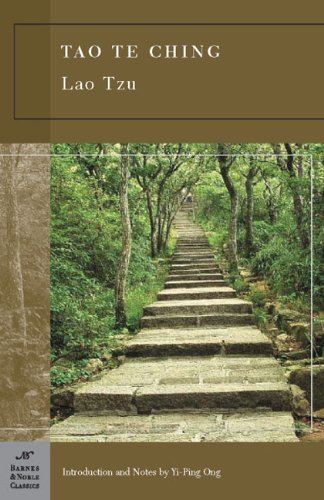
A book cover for Tao Te Ching (Barnes & Noble Classics); Lao Tzu; Religion & Spirituality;